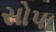
સોપા